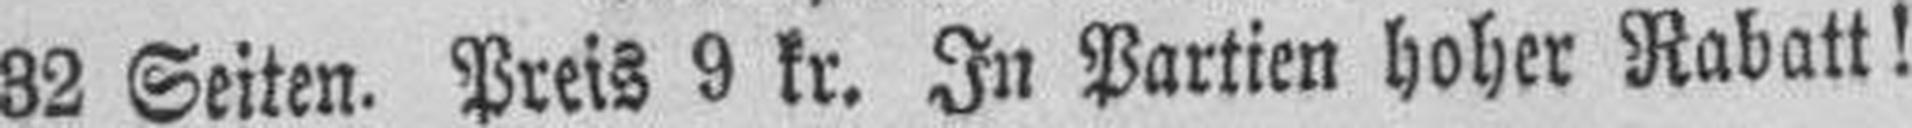
32 Seiten. Preis 9 kr. In Partien hoher Rabatt!